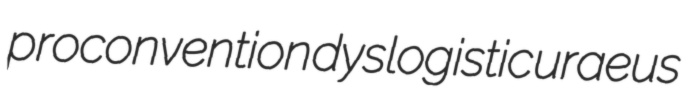
proconvention dyslogistic uraeus